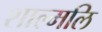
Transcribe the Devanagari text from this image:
शाल्मलि